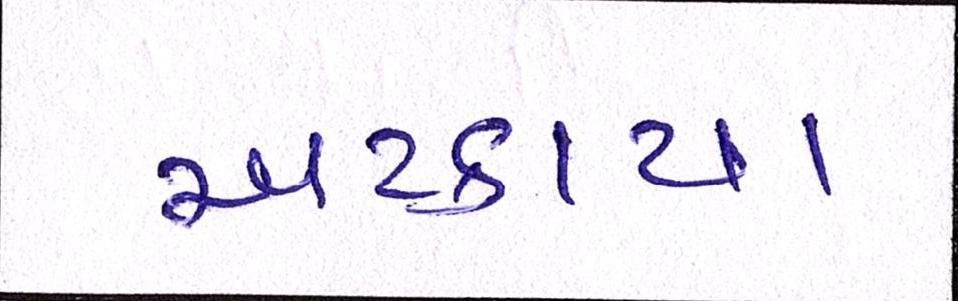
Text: અટક્યા